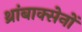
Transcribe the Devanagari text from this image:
थ्रांबाक्सेनों